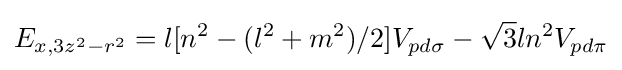
E_{x,3z^{2}-r^{2}}=l[n^{2}-(l^{2}+m^{2})/2]V_{pd\sigma }-{\sqrt {3}}ln^{2}V_{pd\pi }